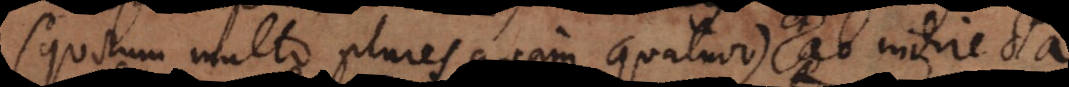
(quorum multo plures quam quatuor) ab indirecta